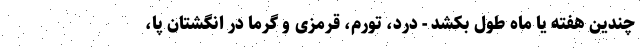
چندین هفته یا ماه طول بکشد - درد، تورم، قرمزی و گرما در انگشتان پا،